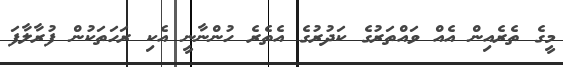
މީގެ ތެރެއިން އެއް ވައްތަރުގެ ކަދުރުގެ އެތެރެ ހުންނާނީ އެކި ރަހަތަކުން ފުރާލާފަ